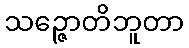
သဉ္ဇောတိဘူတာ